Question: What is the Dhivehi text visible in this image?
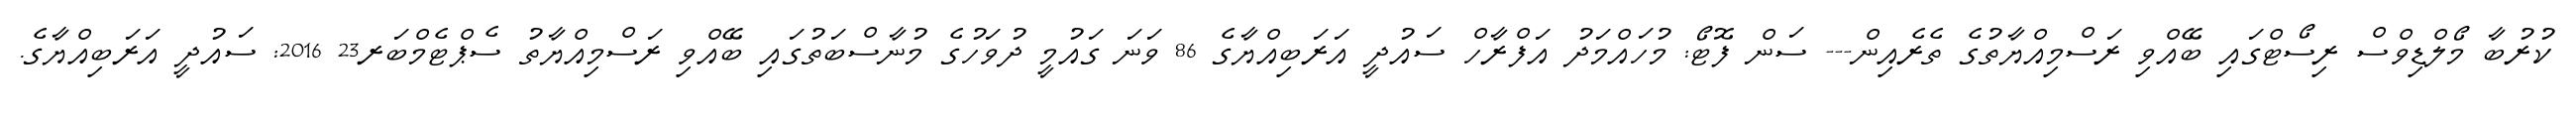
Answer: ކުރުބާ މޯލްޑިވްސް ރިސޯޓްގައި ބޭއްވި ރަސްމިއްޔާތުގެ ތެރެއިން--- ސަން ފޮޓޯ: މުހައްމަދު އަފްރާހް ސައުދީ އަރަބިއްޔާގެ 86 ވަނަ ގައުމީ ދުވަހުގެ މުނާސްބަތުގައި ބޭއްވި ރަސްމިއްޔާތު ސެޕްޓެމްބަރ23 2016: ސައުދީ އަރަބިއްޔާގެ.